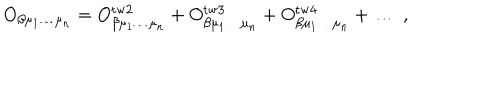
O _ { \beta \mu _ { 1 } \ldots \mu _ { n } } = O _ { \beta \mu _ { 1 } \ldots \mu _ { n } } ^ { \mathrm { t w 2 } } + O _ { \beta \mu _ { 1 } \ldots \mu _ { n } } ^ { \mathrm { t w 3 } } + O _ { \beta \mu _ { 1 } \ldots \mu _ { n } } ^ { \mathrm { t w 4 } } + \ldots \; ,